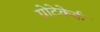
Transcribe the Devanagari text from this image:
ग्रोटेकेर्क